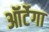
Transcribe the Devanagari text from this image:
ऑर्टेगा